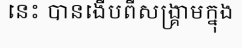
នេះ បានងើបពីសង្គ្រាមក្នុង